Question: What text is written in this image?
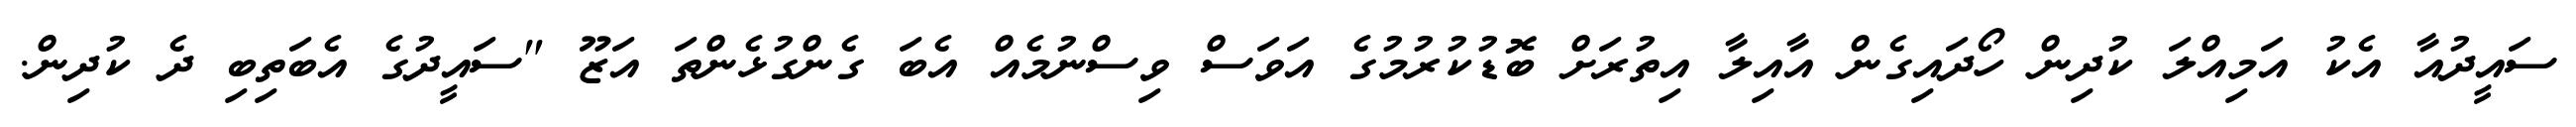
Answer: ސައީދުއާ އެކު އަމިއްލަ ކުދިން ހޯދައިގެން އާއިލާ އިތުރަށް ބޮޑުކުރުމުގެ އަވަސް ވިސްނުމެއް އެބަ ގެންގުޅެންތަ އަޒޫ "ސައީދުގެ އެބަތިބި ދެ ކުދިން.